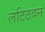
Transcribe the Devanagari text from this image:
लटिठवन